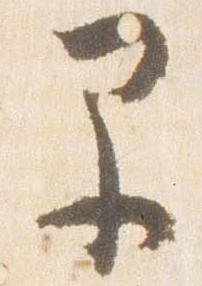
早